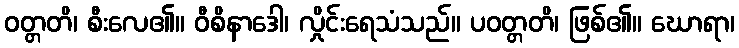
ဝတ္တတိ၊ စီးလေ၏။ ဝီစိနာဒေါ၊ လှိုင်းရေသံသည်။ ပဝတ္တတိ၊ ဖြစ်၏။ ဃောရာ၊